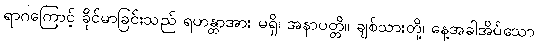
ရာဂကြောင့် ခိုင်မာခြင်းသည် ရဟန္တာအား မရှိ၊ အနာပတ္တိ။ ချစ်သားတို့၊ နေ့အခါအိပ်သော